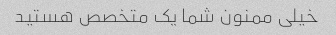
خیلی ممنون شما یک متخصص هستید